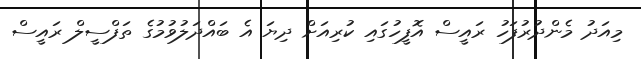
މިއަދު މެންދުރުފަހު ރައީސް އޮފީހުގައި ކުރިއަށް ދިޔަ އެ ބައްދަލުވުމުގެ ތަފްސީލް ރައީސް